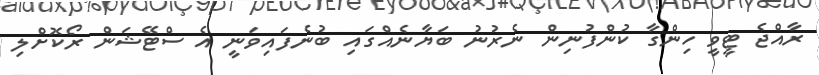
ރާއްޖެ ޓީވީ ހިންގާ ކުންފުނިން ނެރުނު ބަޔާނެއްގައި ބުނެފައިވަނީ އެ ސްޓޭޝަން ރޯކޮށްލި